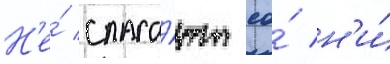
Н'е́ спаса́ют ео́ н'и́